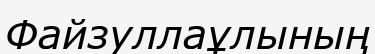
Файзуллаұлының